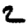
Digit: 2